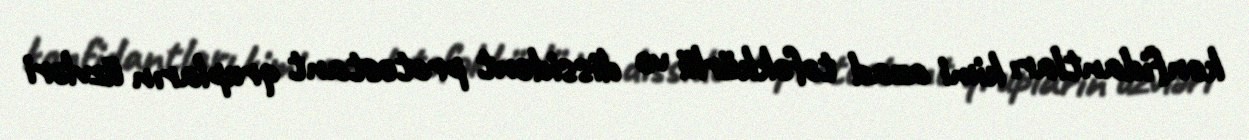
konfidantları kimi azad təfəkkürlü və dissident protestant qrupların üzvləri